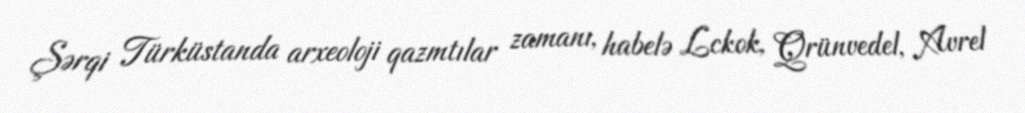
Şərqi Türküstanda arxeoloji qazmtılar zamanı, habelə Lckok, Qrünvedel, Avrel